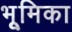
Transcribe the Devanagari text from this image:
भूूमिका